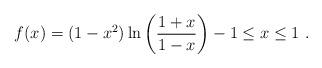
LaTeX: \begin{align*}f(x) = (1-x^2)\ln\left(\frac{1+x}{1-x}\right) -1 \leq x \leq 1\ .\end{align*}